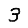
Digit: 3